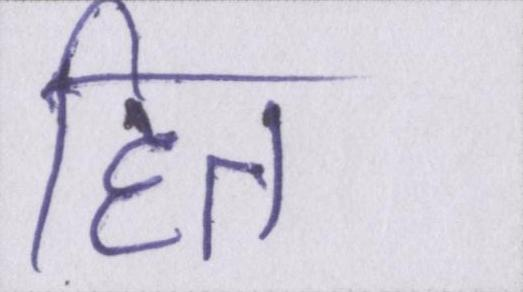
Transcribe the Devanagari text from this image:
हित